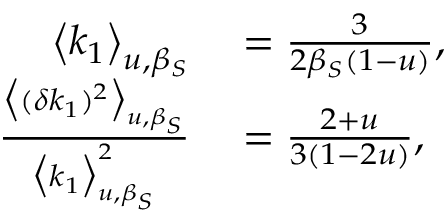
\begin{array} { r l } { \big < k _ { 1 } \big > _ { u , \beta _ { S } } } & { { } = \frac { 3 } { 2 \beta _ { S } ( 1 - u ) } , } \\ { \frac { \big < ( \delta k _ { 1 } ) ^ { 2 } \big > _ { u , \beta _ { S } } } { \big < k _ { 1 } \big > _ { u , \beta _ { S } } ^ { 2 } } } & { { } = \frac { 2 + u } { 3 ( 1 - 2 u ) } , } \end{array}